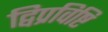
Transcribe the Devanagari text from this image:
द्विप्रविष्टि